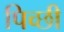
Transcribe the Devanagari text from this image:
पिच्छी